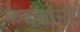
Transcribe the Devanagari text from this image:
कदंबांनी